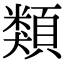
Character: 類